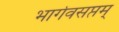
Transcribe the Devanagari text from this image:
भार्गवसप्तम्